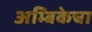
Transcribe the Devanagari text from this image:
अम्बिकेचा